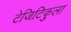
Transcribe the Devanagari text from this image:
टेजिटिकुला